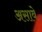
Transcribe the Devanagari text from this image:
असावेे